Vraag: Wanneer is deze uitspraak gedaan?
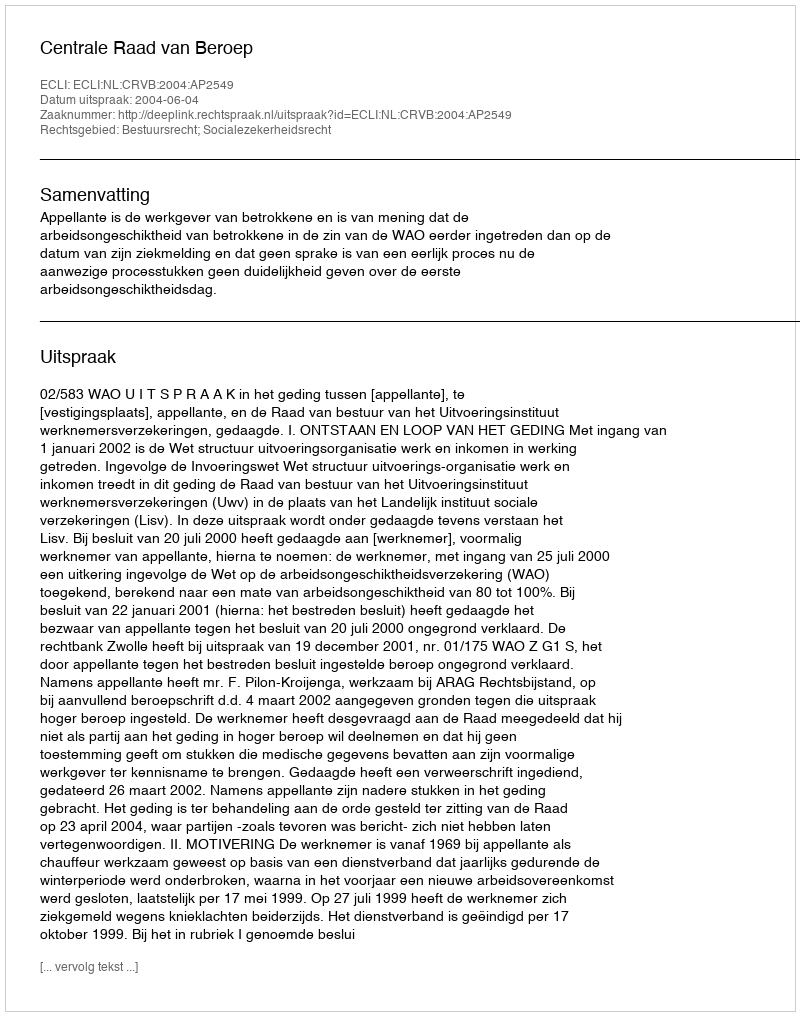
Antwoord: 2004-06-04